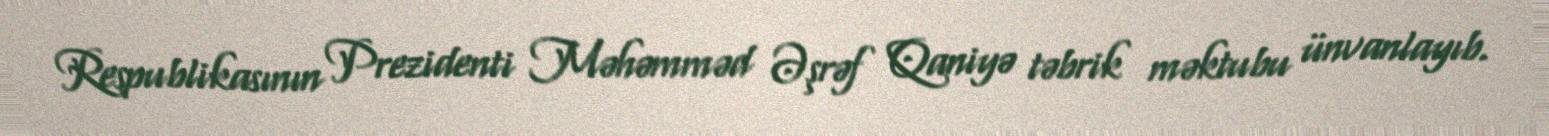
Respublikasının Prezidenti Məhəmməd Əşrəf Qaniyə təbrik məktubu ünvanlayıb.